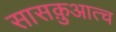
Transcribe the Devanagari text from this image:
सासक़ुआत्च